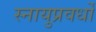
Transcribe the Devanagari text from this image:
स्नायुप्रवर्धों